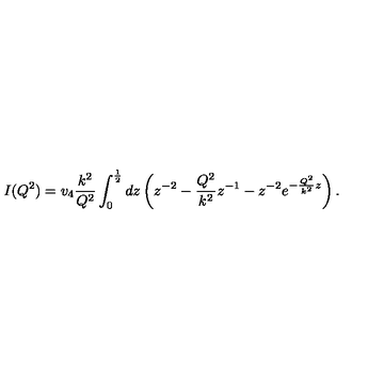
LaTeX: I ( Q ^ { 2 } ) = v _ { 4 } \frac { k ^ { 2 } } { Q ^ { 2 } } \int _ { 0 } ^ { \frac { 1 } { 2 } } d z \left( z ^ { - 2 } - \frac { Q ^ { 2 } } { k ^ { 2 } } z ^ { - 1 } - z ^ { - 2 } e ^ { - \frac { Q ^ { 2 } } { k ^ { 2 } } z } \right) .